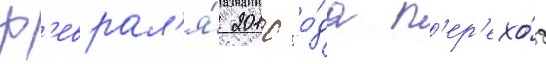
ф'еврал'я́ 2010 го́да п'ер'ехо́д